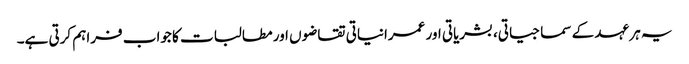
یہ ہر عہد کے سماجیاتی، بشریاتی اور عمرانیاتی تقاضوں اور مطالبات کا جواب فراہم کرتی ہے۔